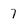
Character: 7